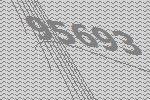
95693